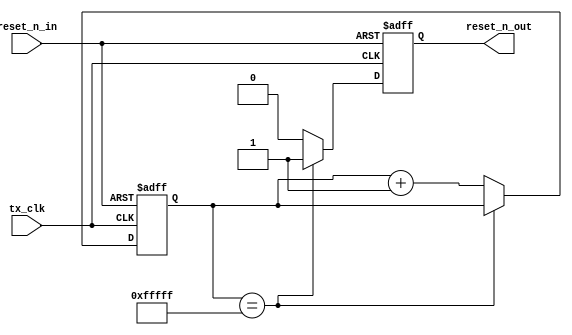
// ============================================================================
// Copyright (c) 2010 by Terasic Technologies Inc. 
// ============================================================================
//
// Permission:
//
//   Terasic grants permission to use and modify this code for use
//   in synthesis for all Terasic Development Boards and Altera Development 
//   Kits made by Terasic.  Other use of this code, including the selling 
//   ,duplication, or modification of any portion is strictly prohibited.
//
// Disclaimer:
//
//   This VHDL/Verilog or C/C++ source code is intended as a design reference
//   which illustrates how these types of functions can be implemented.
//   It is the user's responsibility to verify their design for
//   consistency and functionality through the use of formal
//   verification methods.  Terasic provides no warranty regarding the use 
//   or functionality of this code.
//
// ============================================================================
//           
//                     Terasic Technologies Inc
//                     356 Fu-Shin E. Rd Sec. 1. JhuBei City,
//                     HsinChu County, Taiwan
//                     302
//
//                     web: http://www.terasic.com/
//
// ============================================================================
// Major Functions:	
//   Generate Reset Signal 
//
// ============================================================================
// Design Description:
//
// ===========================================================================
// Revision History :
// ============================================================================
//   Ver  :| Author            :| Mod. Date :| Changes Made:
//   V1.0 :| Eric Chen         :| 10/06/01  :| Initial Version
// ============================================================================

module gen_reset_n(
		tx_clk,
		reset_n_in,
		reset_n_out
	);

//=============================================================================
// PARAMETER declarations
//=============================================================================
parameter					ctr_width			=	20; // richard 16;	

//===========================================================================
// PORT declarations
//===========================================================================
input 						tx_clk;	
input						reset_n_in;
output						reset_n_out;
reg							reset_n_out;

//=============================================================================
// REG/WIRE declarations
//=============================================================================
reg		[ctr_width-1:0]		ctr;	// Reset counter

//=============================================================================
// Structural coding
//=============================================================================

always	@(posedge tx_clk or negedge reset_n_in)
begin
	if	(!reset_n_in)
	begin
		reset_n_out	<=	0;
		ctr			<=	0;
	end else begin
		if	(ctr == {ctr_width{1'b1}})
		begin
			reset_n_out	<=	1'b1; //Auto reset phy 1st time
		end else begin
			ctr	<=	ctr + 1;
			reset_n_out	<=	0;
		end
	end
end

endmodule